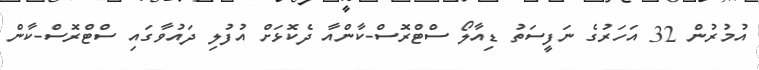
އުމުރުން 32 އަހަރުގެ ނަފީސަތު ޑިއާލޯ ސްޓްރޮސް-ކާންއާ ދެކޮޅަށް އުފުލި ދައުވާގައި ސްޓްރޮސް-ކާން